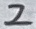
Text: 2